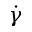
\dot { \gamma }